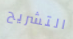
التشريح